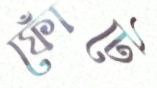
ফোঁটে